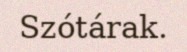
Szótárak.